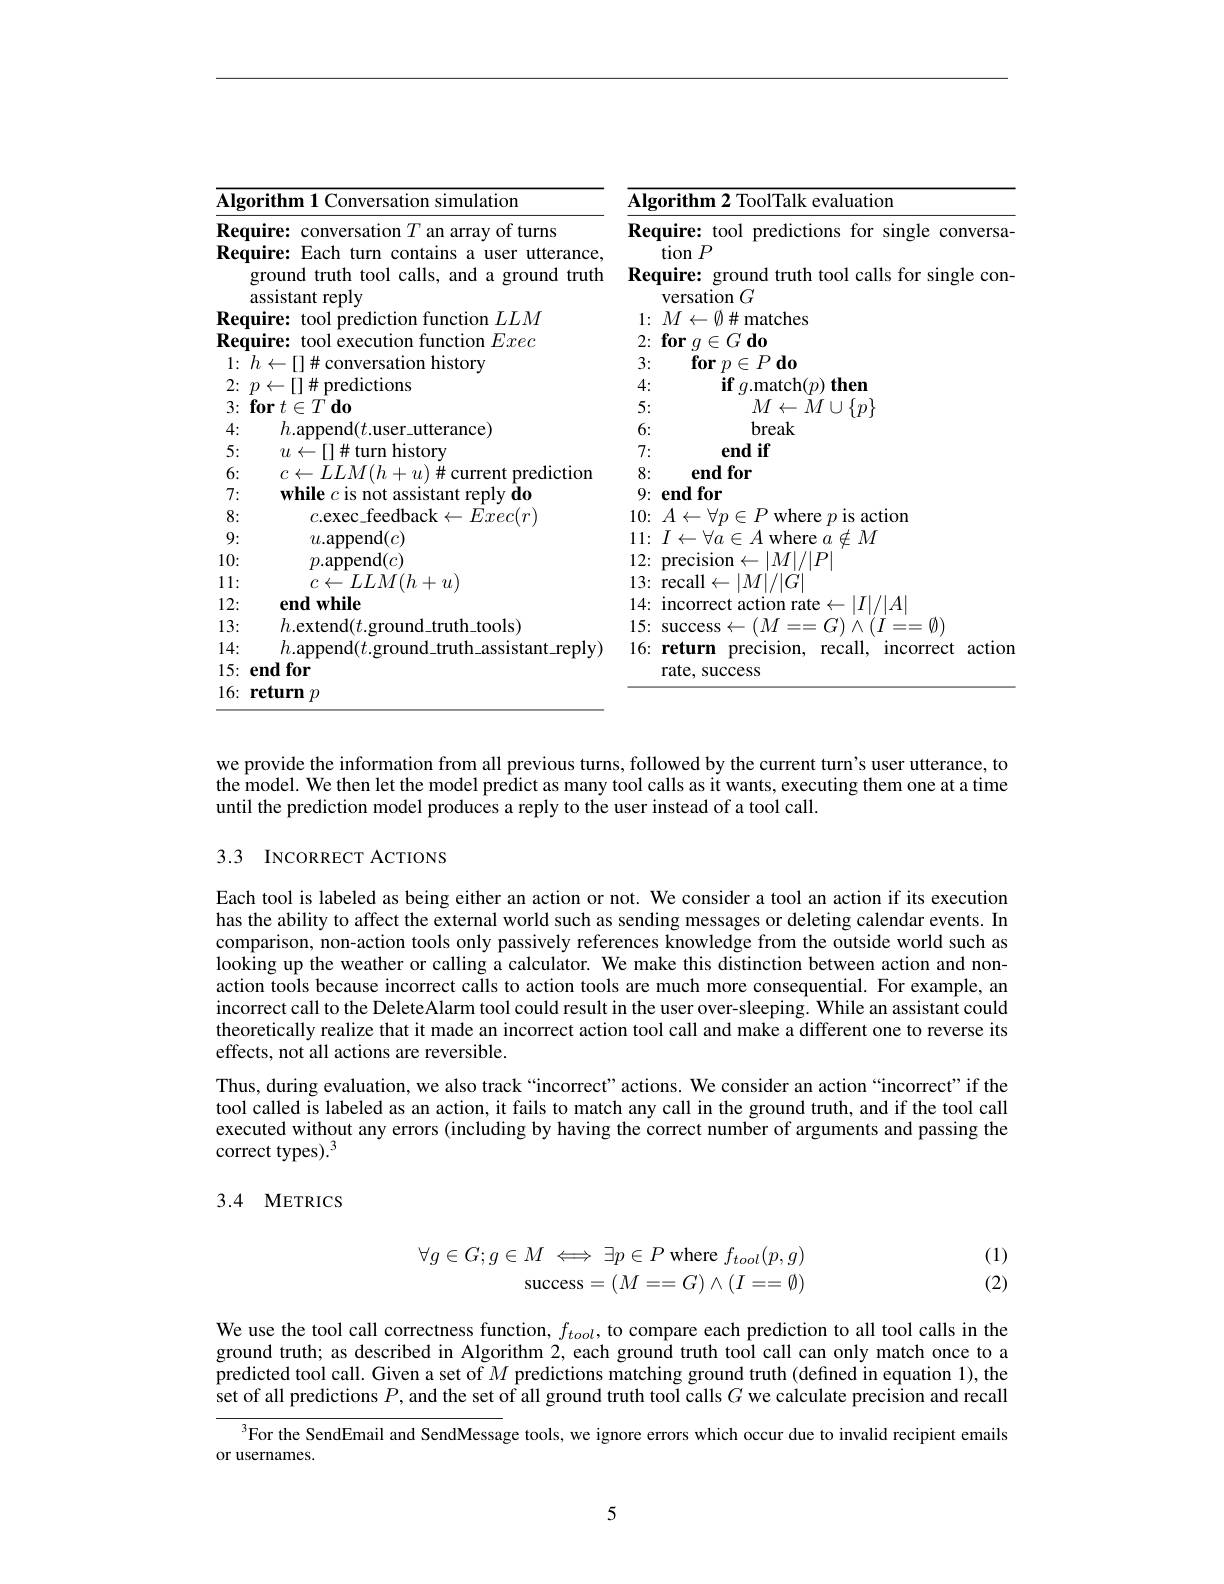
<table>
	<tbody>
		<tr>
			<th>$\overline{\mathbf{Algo}}$</th>
			<th>ithm 1 Conversation simulation</th>
			<th>$\mathbf{Algorithm2}$ ToolTalk evaluation</th>
		</tr>
		<tr>
			<td>Requ Reqt $g$ $a$</td>
			<td>ire: conversation $T$ an array of turns ire: Each turn contains a user utterance, cound truth tool calls, and a ground truth ssistant reply</td>
			<td>Require: tool predictions for single conversa- $\operatorname{tion}P$ Require: ground truth tool calls for single con versation $G$</td>
		</tr>
		<tr>
			<td>a</td>
			<td>tant reply</td>
			<td>versation $G$</td>
		</tr>
		<tr>
			<td>Requ</td>
			<td>$T.T.M$ m</td>
			<td>$1:M$ $\leftarrow\emptyset$ $1\#$ matches</td>
		</tr>
		<tr>
			<td>Requ</td>
			<td>Exec tonl tunction</td>
			<td>$2\nobreak {: } \textbf{for}$ $q$ $\equiv G\textbf{do}$ $F$</td>
		</tr>
		<tr>
			<td>$h$ 1:</td>
			<td>-11 sation history 本 1</td>
			<td>3: $\textbf{for}p\in$ $\equiv P\textbf{do}$</td>
		</tr>
		<tr>
			<td>2: $p$</td>
			<td>$\leftarrow[1\#$predictions</td>
			<td>4: $\mathbf{if}g.$match$(p)$ then</td>
		</tr>
		<tr>
			<td>3: $fi$</td>
			<td>$\textbf{r}t\in T$do</td>
			<td>5: $M\leftarrow M\cup\{p\}$</td>
		</tr>
		<tr>
			<td>4:</td>
			<td>$h.$append$(t.$user\_utterance)</td>
			<td>6: break</td>
		</tr>
		<tr>
			<td>5:</td>
			<td>71. nllrn historv</td>
			<td>7: end if</td>
		</tr>
		<tr>
			<td>6:</td>
			<td>prediction $I.I.MI$ $\eta_{1}$ 井 11</td>
			<td>8: end for</td>
		</tr>
		<tr>
			<td>7:</td>
			<td>$\mathbf{while}$ renlv do not</td>
			<td>9:( endfor</td>
		</tr>
		<tr>
			<td>8:</td>
			<td>$Fxec(r)$ odhack</td>
			<td>s action 10. $A$ 二 MhP</td>
		</tr>
		<tr>
			<td>9:</td>
			<td>$u.$append$(c)$</td>
			<td>$\notin M$ 11</td>
		</tr>
		<tr>
			<td>10:</td>
			<td>$p.{\mathrm{append}}(c)$</td>
			<td>$|M|/|P$ 17</td>
		</tr>
		<tr>
			<td>11: </td>
			<td>$I.I.M(h)$ $u+u)$</td>
			<td>rerall $M|/|G|$ 12 </td>
		</tr>
		<tr>
			<td>12:</td>
			<td>$\textbf{end while}$</td>
			<td>incorr $\|T\|/\|A$ 14.</td>
		</tr>
		<tr>
			<td>13:</td>
			<td>$h$.extend$(t)$ truth tools)</td>
			<td>1.5: $(M)$ $\textcircled{0}$ success $\frac{1}{\boldsymbol{r}}$</td>
		</tr>
		<tr>
			<td>14</td>
			<td>andit ren|v</td>
			<td>16: returm recall incorrect nrecision action</td>
		</tr>
		<tr>
			<td>15: $\mathbf{e}$</td>
			<td>for 10</td>
			<td>rate, success</td>
		</tr>
		<tr>
			<td>16: </td>
			<td>turn $\textbf{I }p$</td>
			<td> </td>
		</tr>
	</tbody>
</table>

we provide the information from all previous turns, followed by the current turn's user utterance, to the model. We then let the model predict as many tool calls as it wants, executing them one at a time until the prediction model produces a reply to the user instead of a tool call.

## 3.3 INCORRECT ACTIONS

Each tool is labeled as being either an action or not. We consider a tool an action if its execution has the ability to affect the external world such as sending messages or deleting calendar events. In comparison, non-action tools only passively references knowledge from the outside world such as looking up the weather or calling a calculator. We make this distinction between action and nonaction tools because incorrect calls to action tools are much more consequential. For example, an incorrect call to the DeleteAlarm tool could result in the user over-sleeping. While an assistant could theoretically realize that it made an incorrect action tool call and make a different one to reverse its effects, not all actions are reversible.
Thus, during evaluation, we also track“incorrect”actions. We consider an action“incorrect”if the tool called is labeled as an action, it fails to match any call in the ground truth, and if the tool call executed without any errors (including by having the correct number of arguments and passing the correct types).$^3$

3.4 METRICS
$$\begin{array}{rcl}\forall g\in G;g\in M&\iff\exists p\in P\text{where}f_{tool}(p,g)\\&\text{success}=(M==G)\land(I==\emptyset)\end{array}$$
(1) (2)

We use the tool call correctness function, $f_tool$, to compare each prediction to all tool calls in the ground truth; as described in Algorithm 2, each ground truth tool call can only match once to a predicted tool call. Given a set of $M$ predictions matching ground truth (defined in equation 1), the set of all predictions $P$, and the set of all ground truth tool calls $G$ we calculate precision and recall

${^{3}\text{For the SendEmail and SendMessa}}$ge tools, we ignore errors which occur due to invalid recipient emails

or usernames.

5